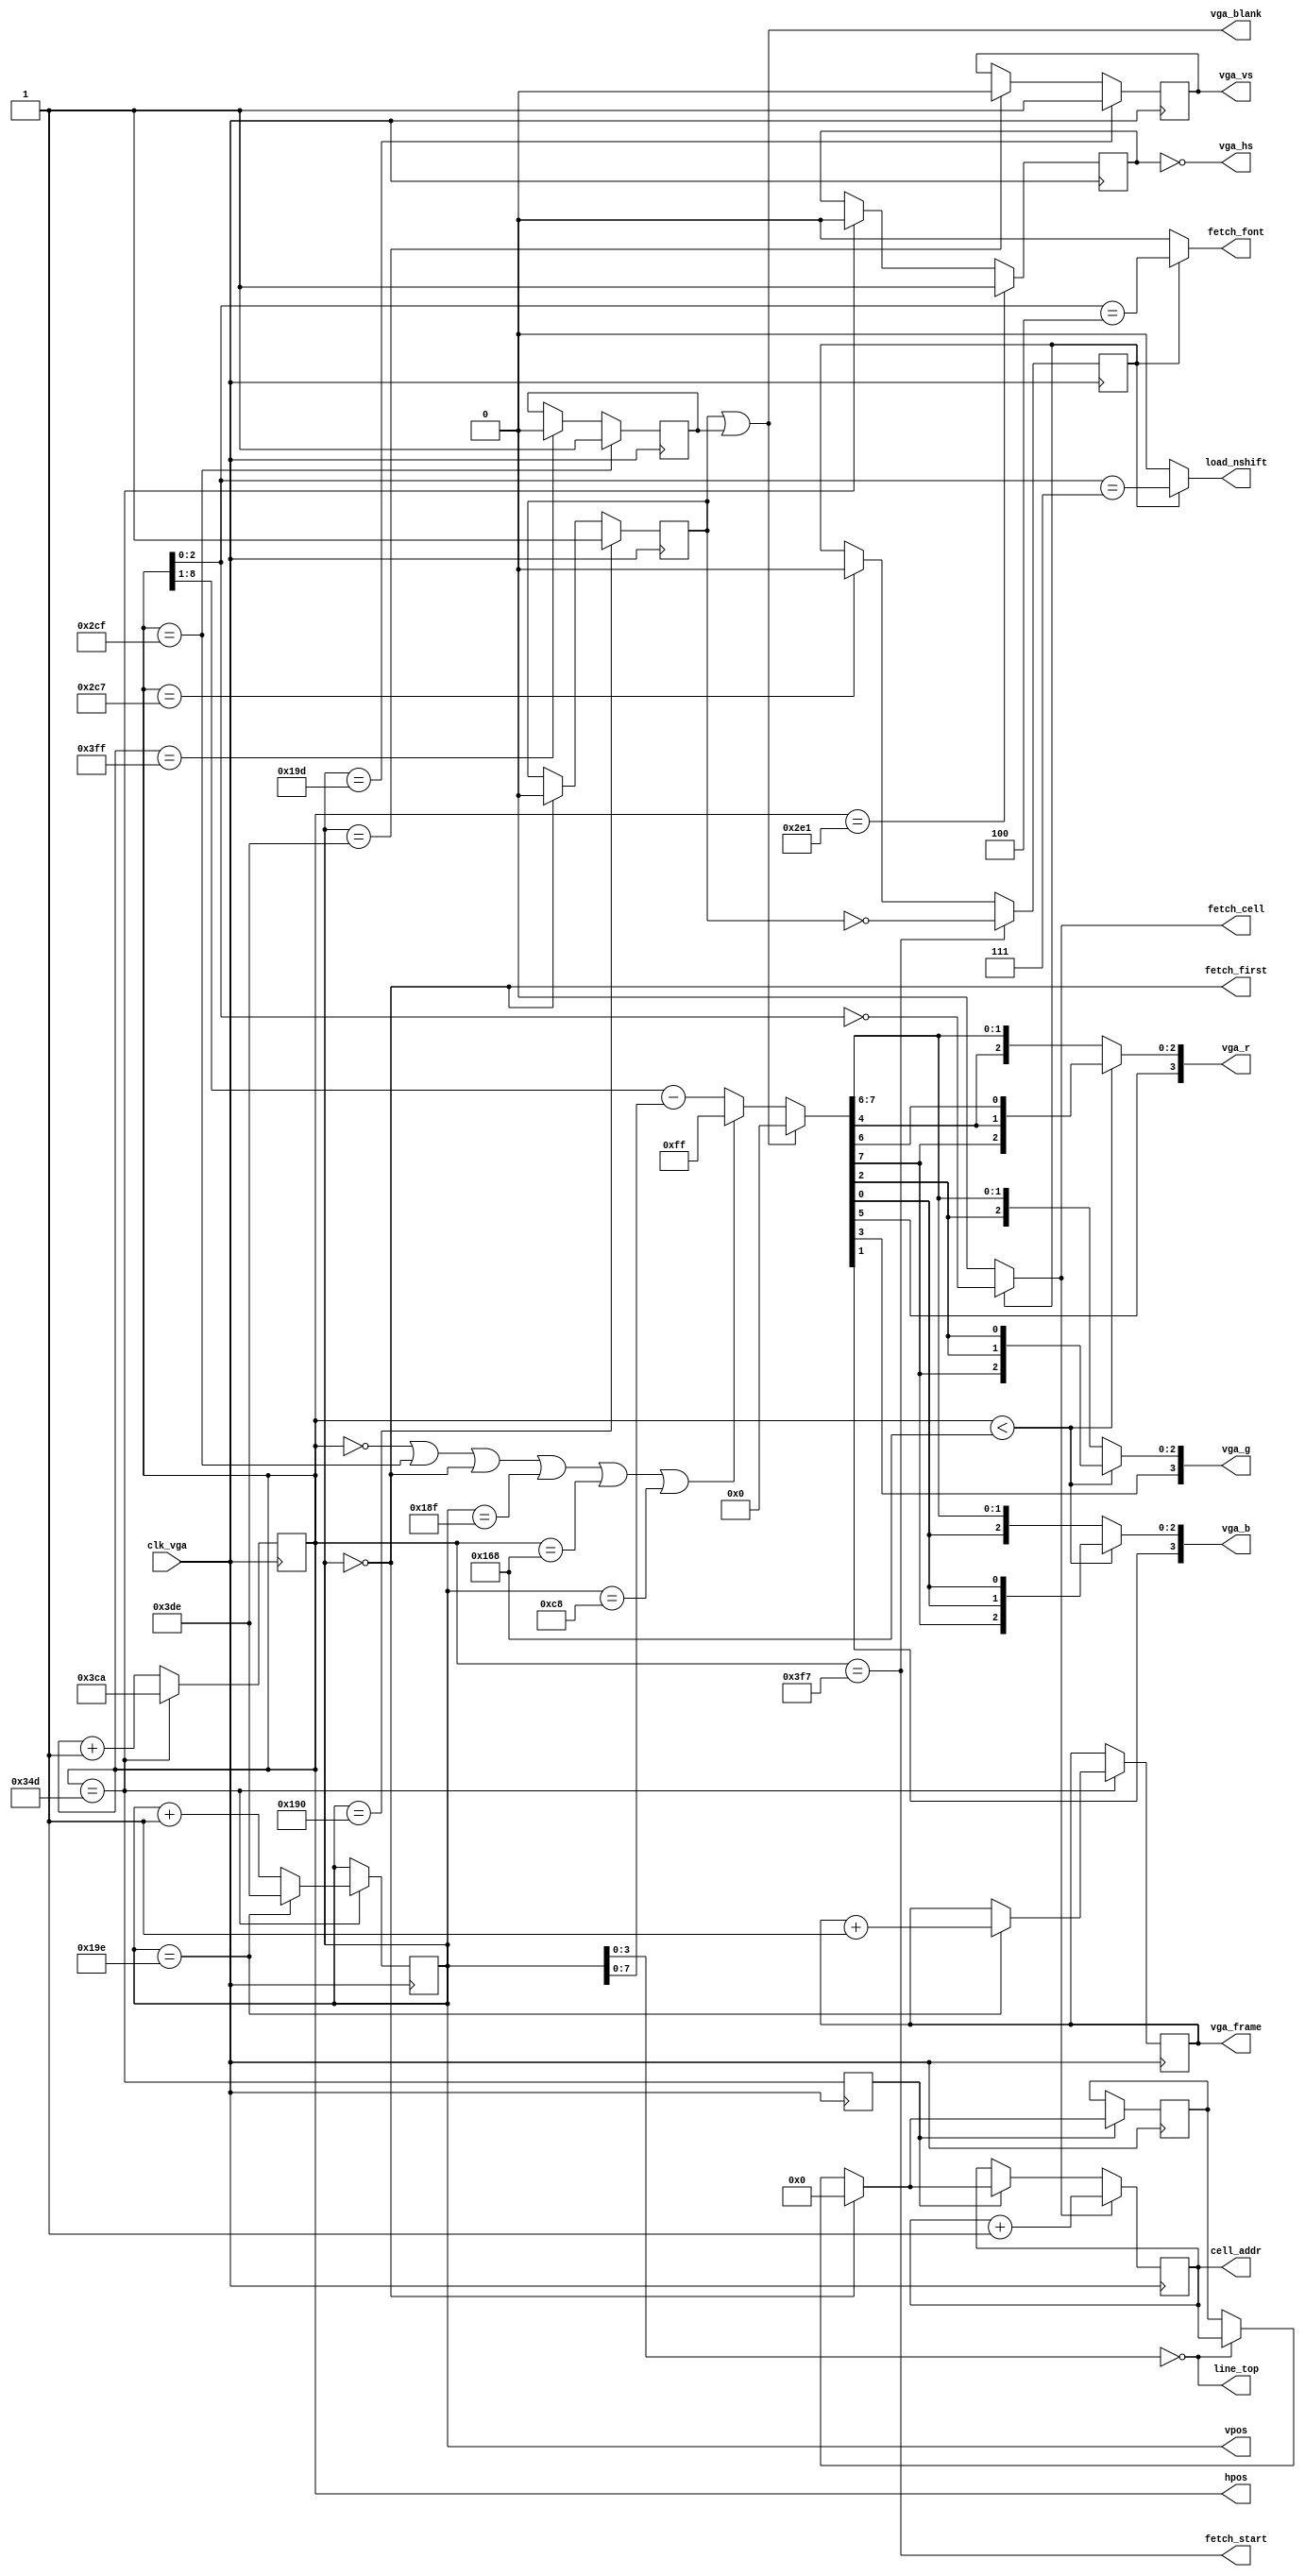
module vga (
    input clk_vga,
    output [7:0] vga_frame,
    output [3:0] vga_r,
    output [3:0] vga_g,
    output [3:0] vga_b,
    output vga_hs,
    output vga_vs,
    output vga_blank,
    output fetch_first,
    output line_top,
    output fetch_start,
    output fetch_cell,
    output fetch_font,
    output load_nshift,
    output [11:0] cell_addr,
    output [9:0] hpos,
    output [9:0] vpos
);
    wire clk_vga;
    reg [7:0] vga_frame = 0;
    wire [3:0] vga_r, vga_g, vga_b;
    wire vga_hs, vga_vs, vga_blank, fetch_cell, fetch_font, load_nshift;  
    reg [11:0] cell_addr;

    
/*    // 640 colums
    localparam hfp = 10'd16;
    localparam hsp = 10'd96;
    localparam hbp = 10'd48;
    localparam hactive = 10'd640;
    localparam htotal = hactive + hfp + hsp + hbp;
    localparam hend = hactive + hfp + hsp - 1;
    localparam hstart =  -hbp;
/**/
/**/
    // 720 colums
    localparam hfp = 10'd18;
    localparam hsp = 10'd108;
    localparam hbp = 10'd54;
    localparam hactive = 10'd720;
    localparam htotal = hactive + hfp + hsp + hbp;
    localparam hend = hactive + hfp + hsp - 1;
    localparam hstart =  -hbp;
/**/


/**/    // 400 lines
    localparam vfp = 10'd13;
    localparam vsp = 10'd2;
    localparam vbp = 10'd34;
    localparam vactive = 10'd400;
    localparam vtotal = vactive + vfp + vsp + vbp;
    localparam vend = vactive + vfp + vsp - 1;
    localparam vstart = -vbp;
/**/
/*
    // 480 lines
    localparam vfp = 10'd10;
    localparam vsp = 10'd2;
    localparam vbp = 10'd33;
    localparam vactive = 10'd480;
    localparam vtotal = vactive + vfp + vsp + vbp;
    localparam vend = vactive + vfp + vsp - 1;
    localparam vstart = -vbp;
/**/
  

    reg [9:0] hpos = -hfp;
    reg [9:0] vpos = -vfp;

    // counting mode: *bp..0...*active...*fp...*sync

    wire hblank_start = hpos == hactive - 1;
    wire hblank_stop  = hpos == -10'd1;
    wire hsync_start  = hpos == (hactive + hfp) - 1;
    wire hsync_stop   = hpos == (hactive + hfp + hsp) - 1;    
    wire hreset       = hpos == hend;

    wire vblank_start = vpos == vactive;
    wire vblank_stop  = vpos == 10'd0;
    wire vsync_start  = vpos == (vactive + vfp);
    wire vsync_stop   = vpos == vstart;
    wire vreset       = vpos == vend;

    reg hblank=1;
    reg vblank=1;
    reg hsync=0;
    reg vsync=0;

    wire fetch_start = hpos == -10'd9;
    wire fetch_stop = hpos == hactive - 9;
    wire fetch_first = vpos == 0;
    wire line_top = vpos[3:0] == 0;
    reg fetching=0;


    // just the h/v counters
    always@(posedge clk_vga) begin
        if (hreset) begin
            hpos <= hstart;
            if (vreset) begin
                vpos <= vstart;
                vga_frame <= vga_frame + 1;
            end else
                vpos <= vpos + 1;
        end else begin
            hpos <= (hpos + 1);
        end
    end

    // generate blank/sync signals
    always@(posedge clk_vga) begin
        hblank <= hblank_start ? 1 : (hblank_stop ? 0 : hblank);
        hsync <= hsync_start ? 1 : (hsync_stop ? 0 : hsync);
        vblank <= vblank_start ? 1 : (vblank_stop ? 0 : vblank);
        vsync <= vsync_start ? 1 : (vsync_stop ? 0 : vsync);
        fetching <= fetch_start ? ~vblank : (fetch_stop ? 0 : fetching);
    end

    assign vga_hs = ~hsync;  // negative polarity!
    assign vga_vs = vsync;  // negative polarity!

    wire blank = vblank | hblank;

    assign fetch_cell = fetching ? hpos[2:0] == 3'b000 : 0;
    assign fetch_font = fetching ? hpos[2:0] == 3'b100 : 0;
    assign load_nshift = fetching ? hpos[2:0] == 3'b111 : 0;
    
    reg new_line;
    reg [11:0] text_line_addr;

    always @(posedge clk_vga) begin
        new_line <= hreset;
        if (new_line) begin
            if (vpos == 0)  begin // reset addr pointers at top
                cell_addr <= 0;
                text_line_addr <= 0;
            end else if (line_top) begin
                text_line_addr <= cell_addr;
            end else begin
                cell_addr <= text_line_addr;
            end

        end
        if (fetch_cell)
            cell_addr <= cell_addr + 1;
    end




    wire border = ((hpos == 0) || (hpos == hactive - 1) ||
                   (vpos == 0) || (vpos == vactive -1) ||
                   (hpos == hactive / 2) || (vpos == vactive / 2));

    

/*    // test pattern
    assign vga_r = blank ? 4'h0 : (border ? 4'hf : hpos[8:5]);
    assign vga_g = blank ? 4'h0 : (border ? 4'hf : hpos[3:0]);
    assign vga_b = blank ? 4'h0 : (border ? 4'hf : vpos[7:4]);
*/

    wire [3:0] rgbi = blank ? 4'h0 : (border ? 4'hf : hpos[8:5] ^ vpos[7:4]);
    wire r = rgbi[2];
    wire g = rgbi[1];
    wire b = rgbi[0];
    wire i = rgbi[3];

    wire [7:0] rgbii = blank ? 8'h0 : (border ? 8'hff : hpos[8:1] - vpos[7:0]);
    wire [1:0] bb = rgbii[1:0];
    wire [1:0] gg = rgbii[3:2];
    wire [1:0] rr = rgbii[5:4];
    wire [1:0] ii = rgbii[7:6];

    wire left = hpos < hactive /2;

    assign vga_r = left?{rr[1], ii[1], rr[0], ii[0]}:{rr,ii};
    assign vga_g = left?{gg[1], ii[1], gg[0], gg[0]}:{gg,ii};
    assign vga_b = left?{bb[1], ii[1], bb[0], bb[0]}:{bb,ii};

    assign vga_blank = blank;

endmodule